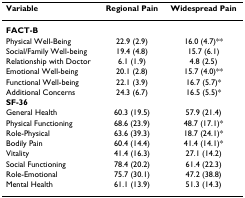
<table><thead><tr><td><b>Variable</b></td><td><b>Regional Pain</b></td><td><b>Widespread Pain</b></td></tr></thead><tbody><tr><td><b>FACT-B</b></td><td></td><td></td></tr><tr><td>Physical Well-Being</td><td>22.9 (2.9)</td><td>16.0 (4.7)**</td></tr><tr><td>Social/Family Well-being</td><td>19.4 (4.8)</td><td>15.7 (6.1)</td></tr><tr><td>Relationship with Doctor</td><td>6.1 (1.9)</td><td>4.8 (2.5)</td></tr><tr><td>Emotional Well-being</td><td>20.1 (2.8)</td><td>15.7 (4.0)**</td></tr><tr><td>Functional Well-being</td><td>22.1 (3.9)</td><td>16.7 (5.7)*</td></tr><tr><td>Additional Concerns</td><td>24.3 (6.7)</td><td>16.5 (5.5)*</td></tr><tr><td><b>SF-36</b></td><td></td><td></td></tr><tr><td>General Health</td><td>60.3 (19.5)</td><td>57.9 (21.4)</td></tr><tr><td>Physical Functioning</td><td>68.6 (23.9)</td><td>48.7 (17.1)*</td></tr><tr><td>Role-Physical</td><td>63.6 (39.3)</td><td>18.7 (24.1)*</td></tr><tr><td>Bodily Pain</td><td>60.4 (14.4)</td><td>41.4 (14.1)*</td></tr><tr><td>Vitality</td><td>41.4 (16.3)</td><td>27.1 (14.2)</td></tr><tr><td>Social Functioning</td><td>78.4 (20.2)</td><td>61.4 (22.3)</td></tr><tr><td>Role-Emotional</td><td>75.7 (30.1)</td><td>47.2 (38.8)</td></tr><tr><td>Mental Health</td><td>61.1 (13.9)</td><td>51.3 (14.3)</td></tr></tbody></table>